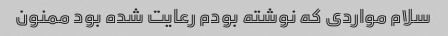
سلام مواردی که نوشته بودم رعایت شده بود ممنون